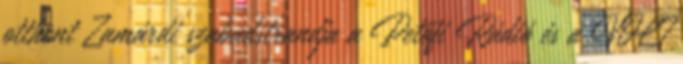
otthont Zamárdi szabadstrandja a Petőfi Rádió és a VOLT